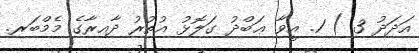
އަދަދު 3 ) 1. އީވާ ޢަބްދު ގަލޮޅު އުތުރު ދާއިރާގެ މެމްބަރ.